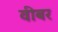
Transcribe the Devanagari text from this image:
वीबर